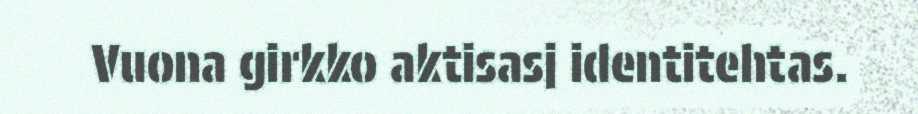
Vuona girkko aktisasj identitehtas.